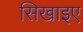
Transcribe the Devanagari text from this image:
सिखाइए